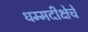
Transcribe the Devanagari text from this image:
धम्मदीक्षेचे